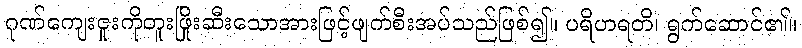
ဂုဏ်ကျေးဇူးကိုတူးဖြိုးဆီးသောအားဖြင့်ဖျက်စီးအပ်သည်ဖြစ်၍။ ပရိဟရတိ၊ ရွက်ဆောင်၏။